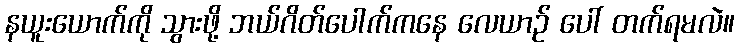
နယူးယောက်ကို သွားဖို့ ဘယ်ဂိတ်ပေါက်ကနေ လေယာဉ် ပေါ် တက်ရမလဲ။